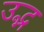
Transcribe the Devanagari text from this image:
उद्भ